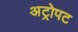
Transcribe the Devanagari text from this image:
अट्रोपट